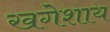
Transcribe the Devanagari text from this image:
खगेशाय